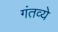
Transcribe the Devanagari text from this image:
गंतव्ये